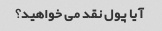
آیا پول نقد می خواهید؟